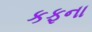
કફના